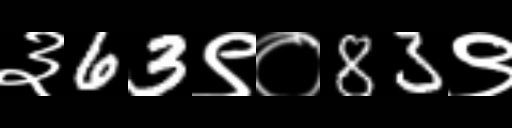
Text: ३63९०83९